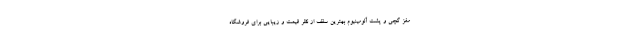
مغز گچی و پشت آلومینیوم بهترین سقف از نظر قیمت و زیبایی برای فروشگاه